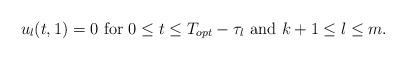
LaTeX: \begin{align*}\mbox{$u_{l}(t, 1) = 0$ for $0 \le t \le T_{opt} - \tau_l$ and $k + 1 \le l \le m$}.\end{align*}